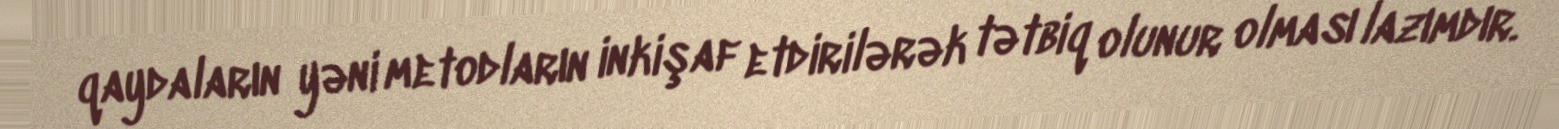
qaydaların yəni metodların inkişaf etdirilərək tətbiq olunur olması lazımdır.